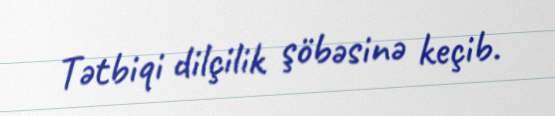
Tətbiqi dilçilik şöbəsinə keçib.